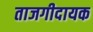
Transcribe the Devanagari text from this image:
ताजगीदायक